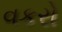
વકરો